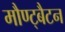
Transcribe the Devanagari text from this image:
मौण्ट्बैटन